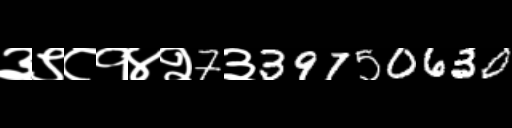
Text: ३९८१४२7३39750630